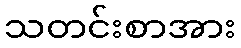
သတင်းစာအား